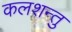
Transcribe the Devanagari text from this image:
कलशन्तु